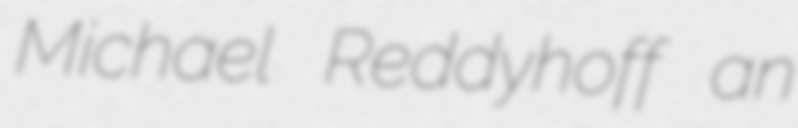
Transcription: Michael Reddyhoff an